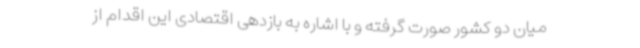
میان دو کشور صورت گرفته و با اشاره به بازدهی اقتصادی این اقدام از